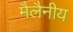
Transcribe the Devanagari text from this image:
मैलैनीय